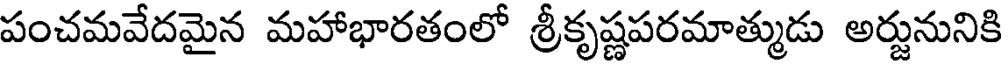
పంచమవేదమైన మహాభారతంలో శ్రీకృష్ణపరమాత్ముడు అర్జునునికి